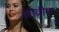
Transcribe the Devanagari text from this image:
ओव्रीम